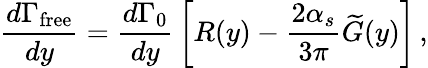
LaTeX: {\frac{d\Gamma_{\mathrm{free}}}{dy}}={\frac{d\Gamma_{0}}{dy}}\left[R(y)-{\frac{2\alpha_{s}}{3\pi}}\widetilde G(y)\right]\, ,